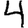
Digit: 4